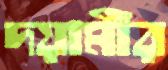
দয়ামীর